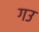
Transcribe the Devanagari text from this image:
गउ